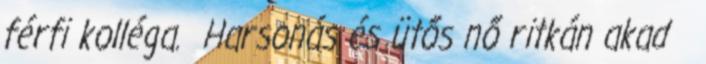
férfi kolléga. Harsonás és ütős nő ritkán akad